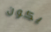
يكون